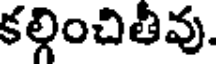
కల్గించితీవు.